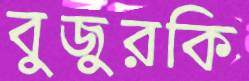
বুজুরকি